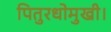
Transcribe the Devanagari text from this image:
पितुरधोमुखी।